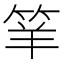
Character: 𥬴